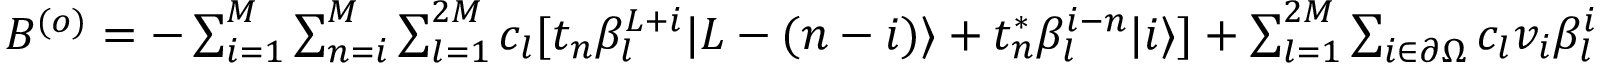
\begin{array} { r } { B ^ { ( o ) } = - \sum _ { i = 1 } ^ { M } \sum _ { n = i } ^ { M } \sum _ { l = 1 } ^ { 2 M } c _ { l } [ t _ { n } \beta _ { l } ^ { L + i } | L - ( n - i ) \rangle + t _ { n } ^ { \ast } \beta _ { l } ^ { i - n } | i \rangle ] + \sum _ { l = 1 } ^ { 2 M } \sum _ { i \in \partial \Omega } c _ { l } v _ { i } \beta _ { l } ^ { i } | i \rangle + \sum _ { l = 1 } ^ { 2 M } \sum _ { i , j \in \partial \Omega } c _ { l } v _ { i j } \beta _ { l } ^ { j } | i \rangle . } \end{array}